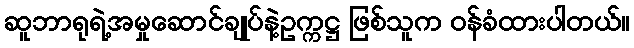
ဆူဘာရုရဲ့အမှုဆောင်ချုပ်နဲ့ဥက္ကဋ္ဌ ဖြစ်သူက ဝန်ခံထားပါတယ်။